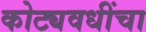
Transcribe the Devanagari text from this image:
कोट्यवधींचा